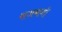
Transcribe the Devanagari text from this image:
राजमार्ग।